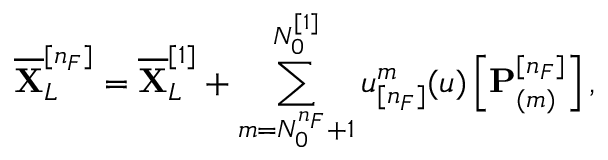
\overline { { \mathbf { X } } } _ { L } ^ { [ n _ { F } ] } = \overline { { \mathbf { X } } } _ { L } ^ { [ 1 ] } + \sum _ { m = N _ { 0 } ^ { n _ { F } } + 1 } ^ { N _ { 0 } ^ { [ 1 ] } } u _ { [ n _ { F } ] } ^ { m } ( \mathfrak { u } ) \left[ \mathbf { P } _ { ( m ) } ^ { [ n _ { F } ] } \right] ,